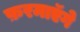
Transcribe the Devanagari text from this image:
फ़रमाएॅगे